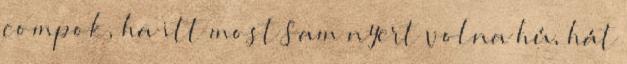
compok, ha itt most Sam nyert volna hú, hát